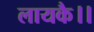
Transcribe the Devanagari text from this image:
लायकै।।